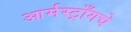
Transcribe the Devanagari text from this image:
आर्मस्ट्राँगचे